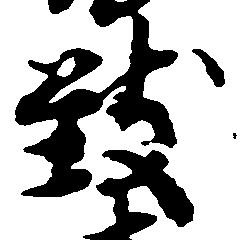
致